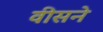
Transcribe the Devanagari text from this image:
वीसने